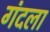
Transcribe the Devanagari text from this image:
गंदला